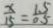
\frac { x } { 1 5 } = \frac { 1 . 5 } { 0 . 5 }